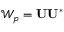
\mathcal { W } _ { p } = \mathbf { U } \mathbf { U } ^ { * }